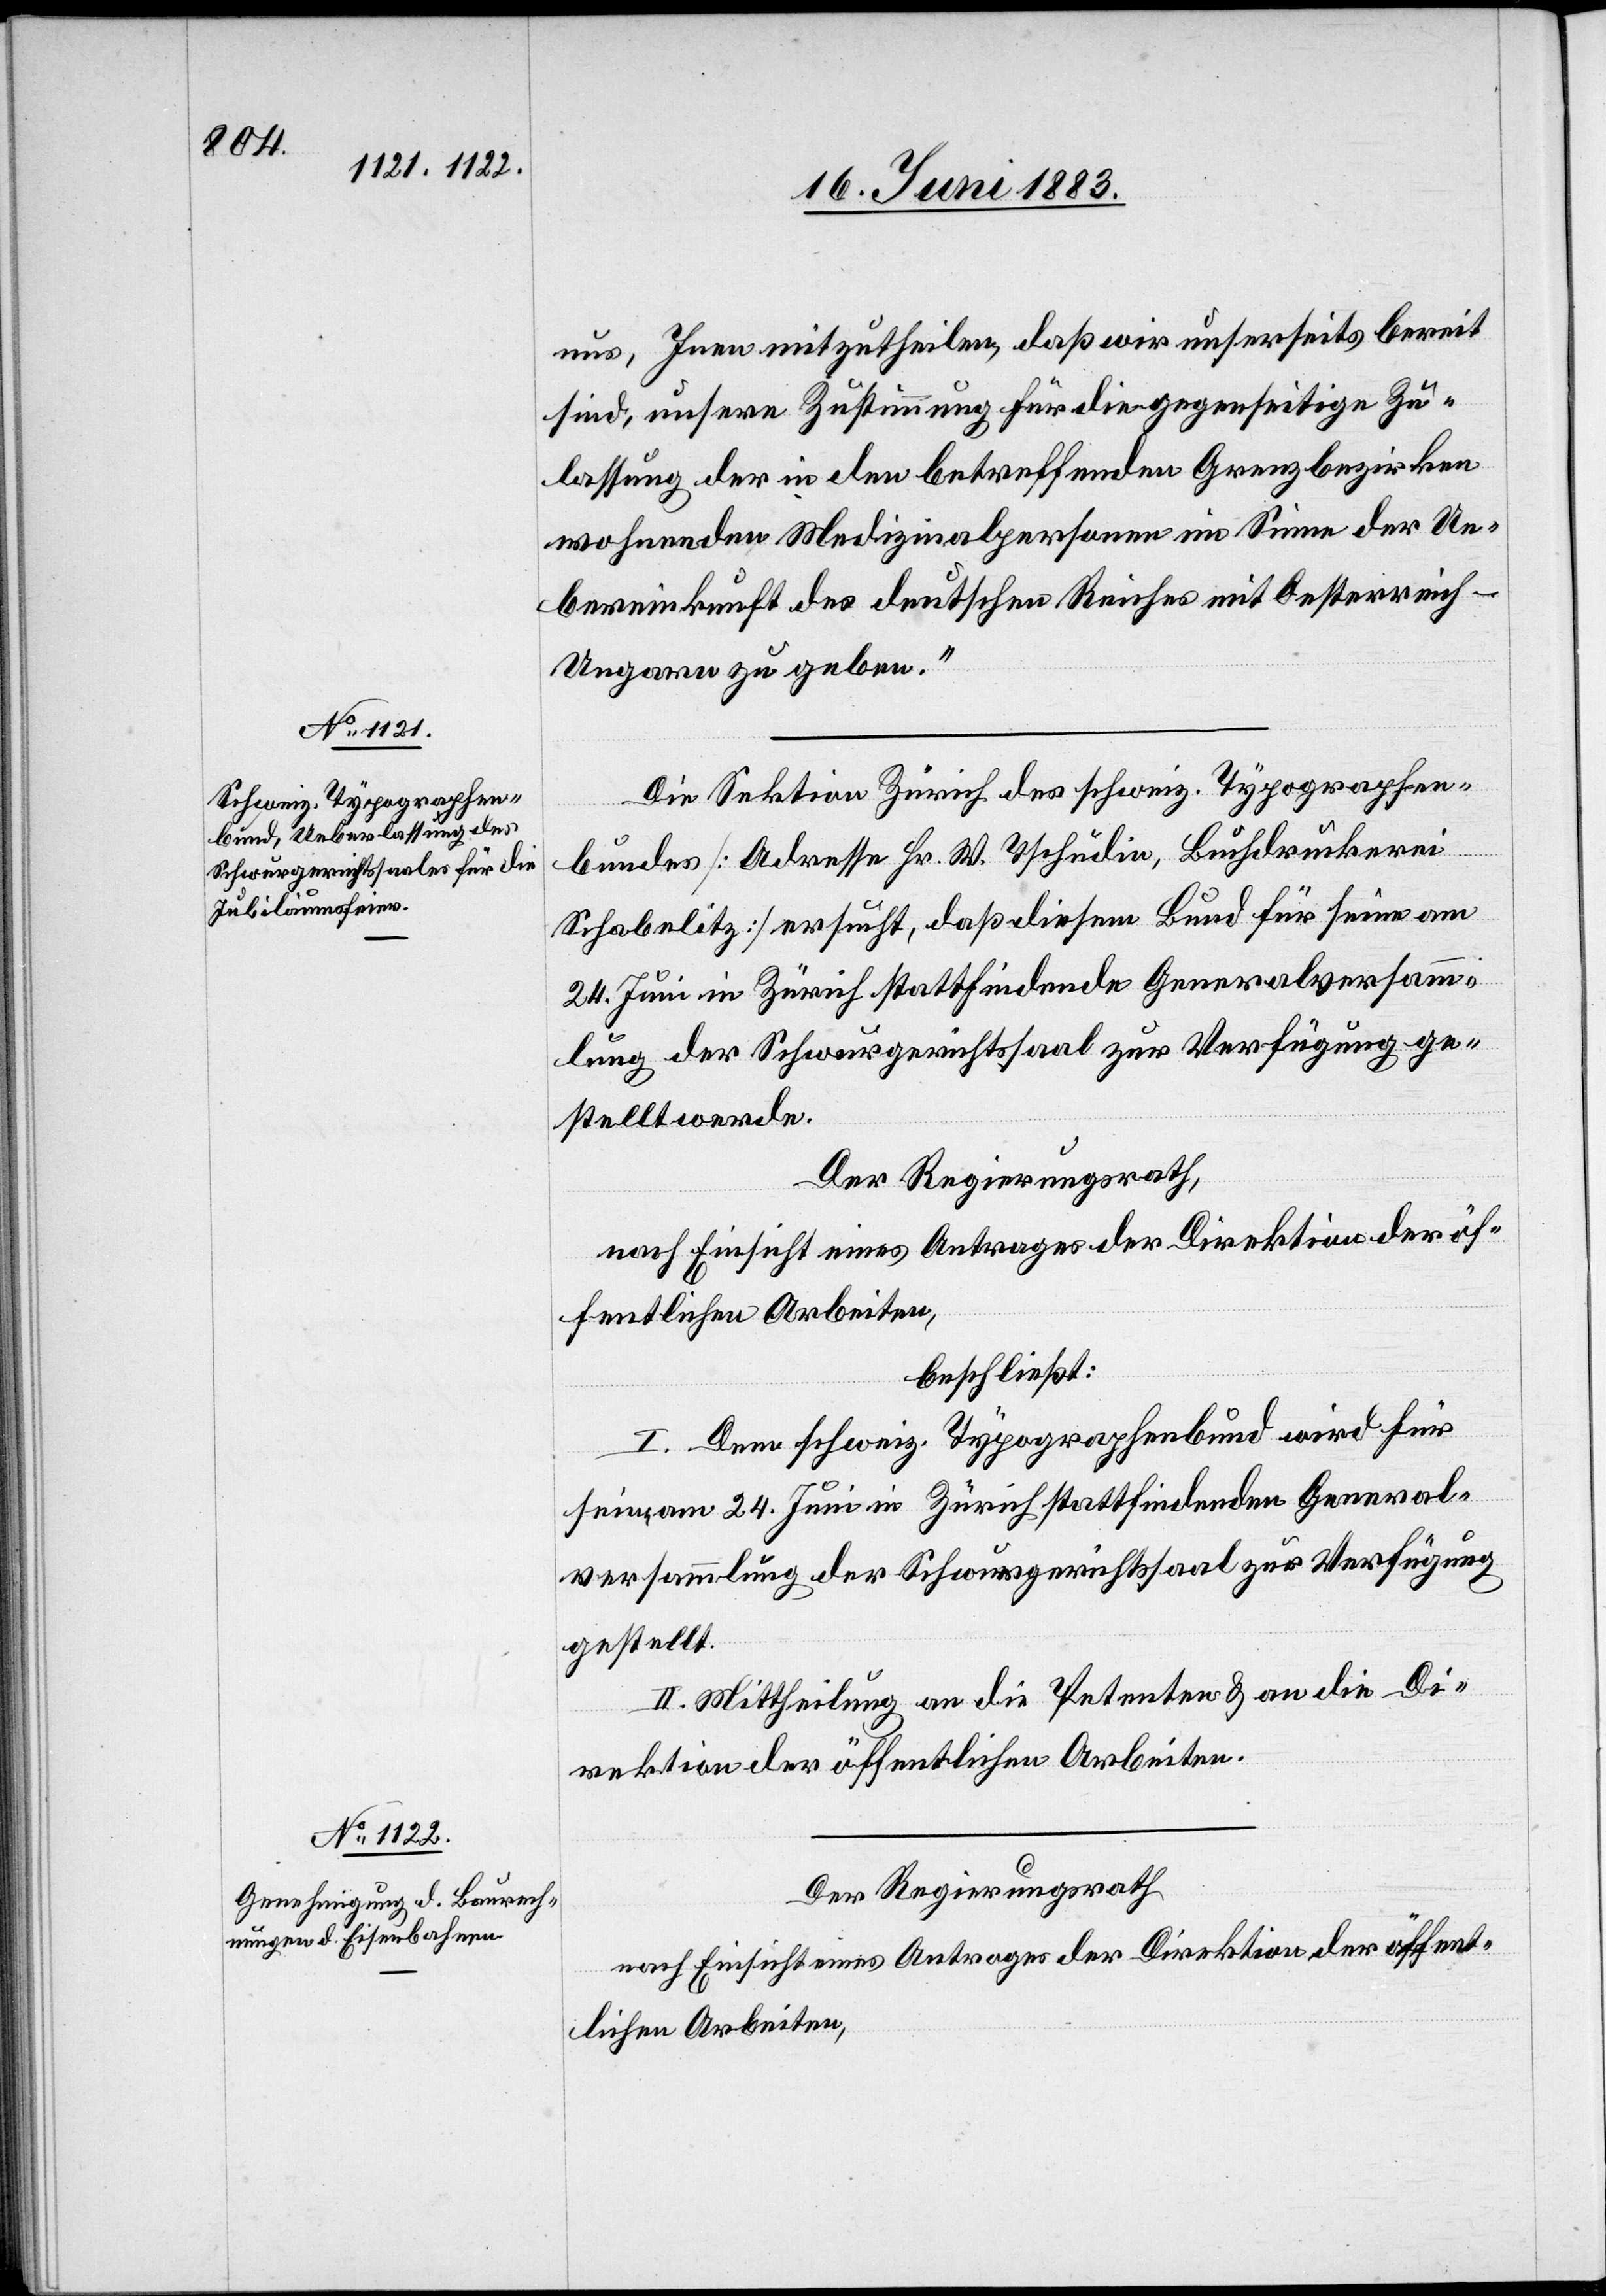
uns, Ihnen mitzutheilen, daß wir unserseits bereit
sind, unsere Zustimmung für die gegenseitige Zu¬
lassung, der in den betreffenden Grenzbezirken
wohnenden Medizinalpersonen im Sinne der Ue¬
bereinkunft des deutschen Reiches mit Oesterreich-U¬
ngarn zu geben.“
Die Sektion Zürich des schweiz. Typographen¬
bundes [Adresse Hr. W. Tschudie, Buchdruckerei
Schabelitz] ersucht, daß diesem Bund für seine am
24. Juni in Zürich stattfindende Generalversamm¬
lung der Schwurgerichtssaal zur Verfügung ge¬
stellt werde.
Der Regierungsrath,
nach Einsicht eines Antrages der Direktion der öf¬
fentlichen Arbeiten,
beschließt:
I. Dem schweiz. Typographenbund wird für
seine am 24. Juni in Zürich stattfindende General¬
versammlung der Schwurgerichtssaal zur Verfügung
gestellt.
II. Mittheilung an die Petenten & an die Di¬
rektion der öffentlichen Arbeiten.
Der Regierungsrath
nach Einsicht eines Antrages der Direktion der öffent¬
lichen Arbeiten,